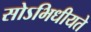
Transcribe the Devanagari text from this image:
सोऽभिधीयते